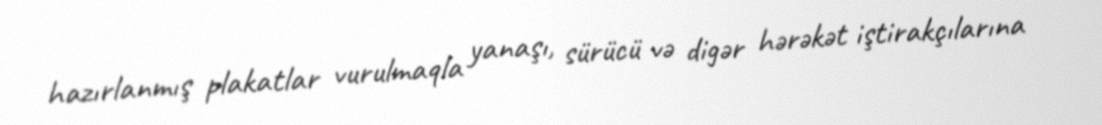
hazırlanmış plakatlar vurulmaqla yanaşı, sürücü və digər hərəkət iştirakçılarına